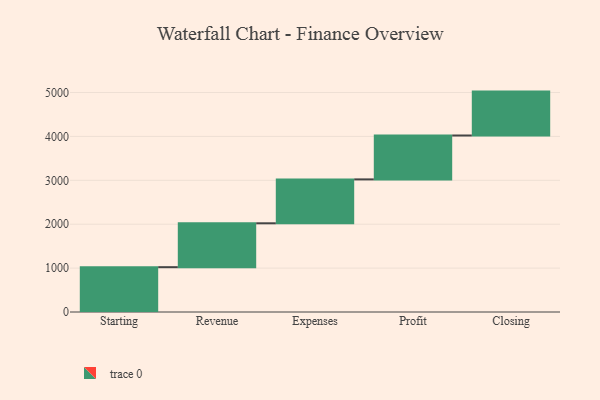
{"axis": {"x": "Step", "y": "Value"}, "legend": [""], "data": [{"x": "Starting", "y": 1021.0, "type": ""}, {"x": "Revenue", "y": 1000, "type": ""}, {"x": "Expenses", "y": 1000, "type": ""}, {"x": "Profit", "y": 1000, "type": ""}, {"x": "Closing", "y": 1000, "type": ""}]}